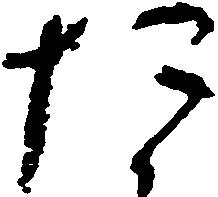
た